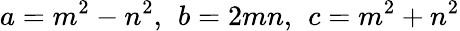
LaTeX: a=m^{2}-n^{2},\ \, b=2mn,\ \, c=m^{2}+n^{2}